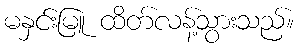
မနှင်းမြူ ထိတ်လန့်သွားသည်။